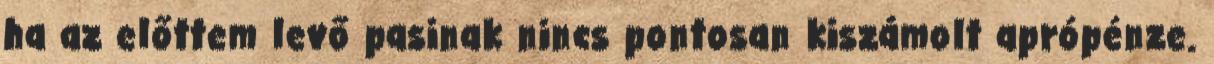
ha az előttem levő pasinak nincs pontosan kiszámolt aprópénze.